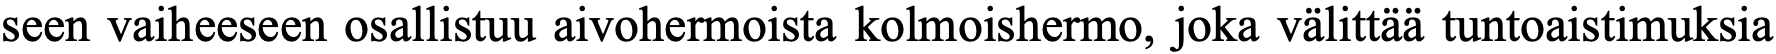
seen vaiheeseen osallistuu aivohermoista kolmoishermo, joka välittää tuntoaistimuksia